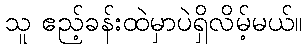
သူ ဧည့်ခန်းထဲမှာပဲရှိလိမ့်မယ်။